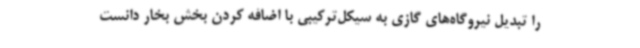
را تبدیل نیروگاه‌های گازی به سیکل‌ترکیبی با اضافه کردن بخش بخار دانست